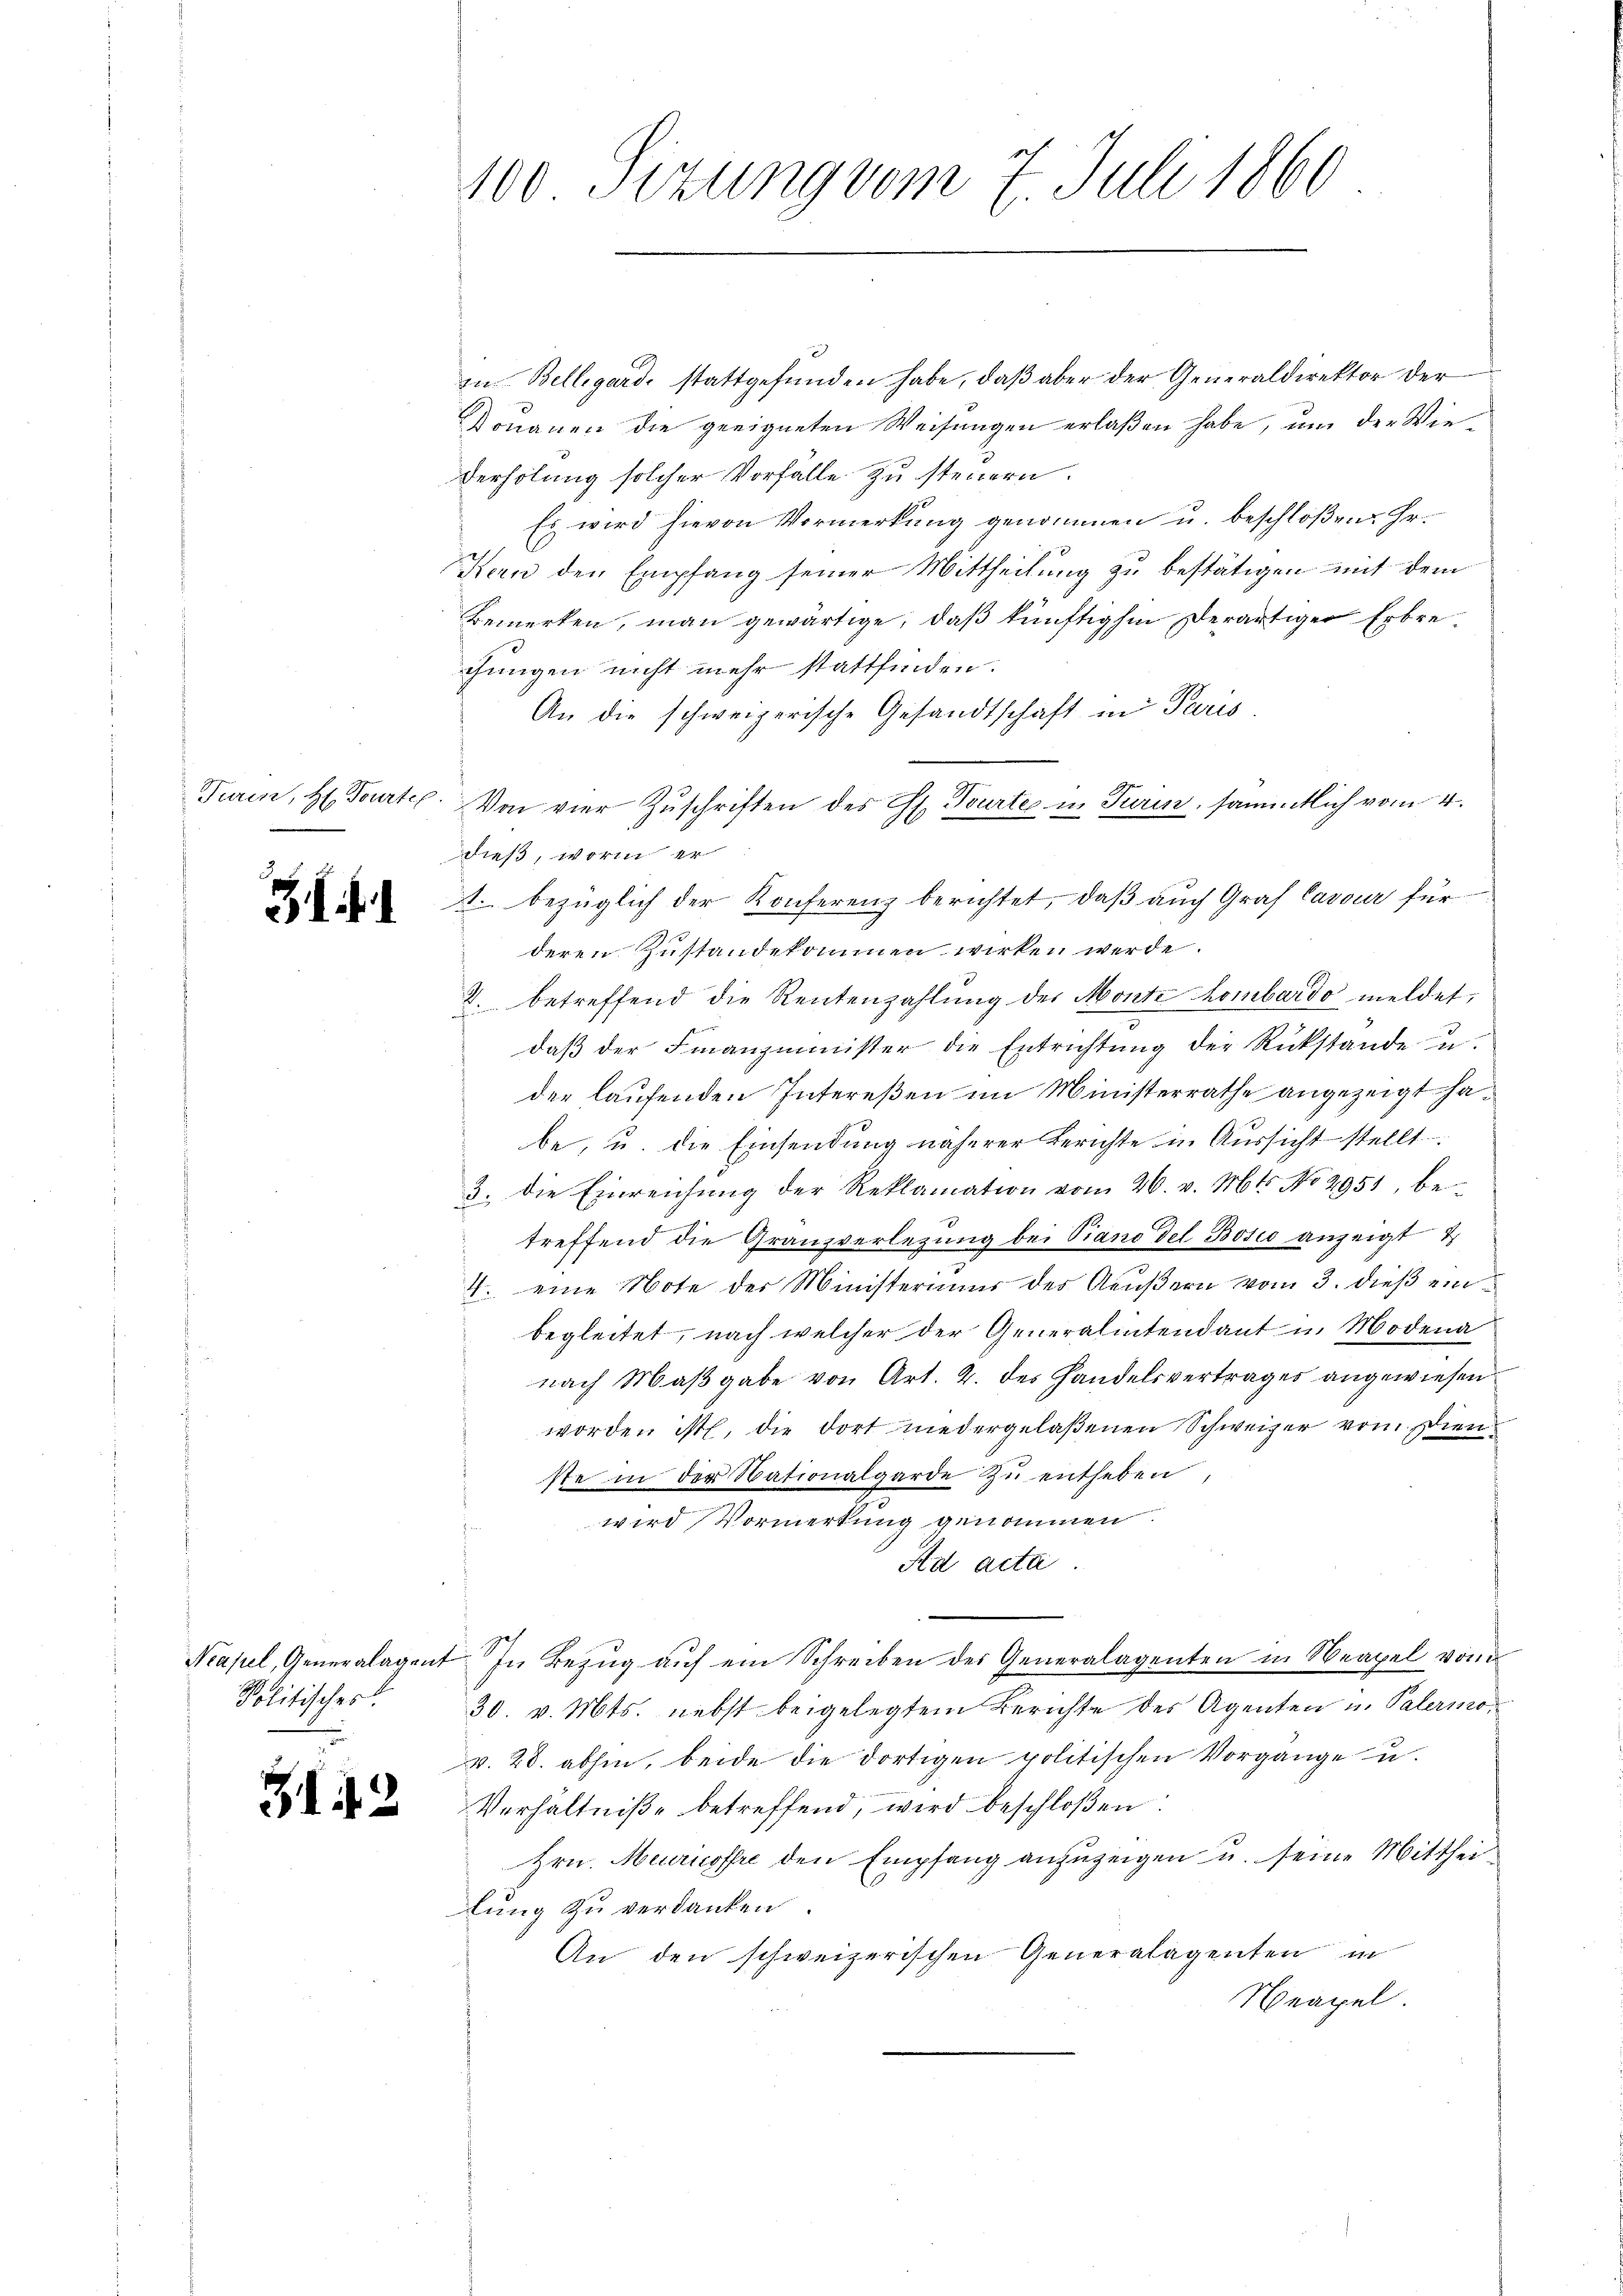
.

Politisches

143

100 Sizung vom 7. Juli 1860

in Bellegard, stattgefunden habe, daß aber der Generaldirektor der
Douanen die geeigneten Weisungen erlaßen habe, um der Wie¬
Verholung solcher Vorfälle zu steuern.
Es wird hievon Vormerkung genommen u. beschloßen: Hr.
Kern den Empfang seiner Mittheilung zu bestätigen mit dem
Bemerken, man gewärtige, daß künftighin derartiger Erbrechungen nicht mehr stattfinden.
An die schweizerische Gesandtschaft in Paris.
Turin, H. Tourtel. Von vier Zuschriften des G. Tourter in Turin, sammtlich vom 4.
dieß, worin er
1. bezüglich der Konferenz berichtet, daß auch Graf Cavour für
deren Zustandekommen wirken werde.
2. betreffend die Rentenzahlŭng des Monte hombardo meldet,
daβ der Finanzminister die Entrichtŭng der Rückstände u.
der laufenden Intereßen im Ministerrathe angezeigt habe, u. die Einsendung näherer Berichte in Aussicht stellt
3. die Einreichŭng der Reklamation vom 26. v. Mts. No 2951, be-
treffend die Granzverletzung bei Piano del Bosco anzeigt u
4. eine Note der Ministeriums des Aeußern vom 3. dieß ein
begleitet, nach welcher der Generalintendant in Modena
nach Maβgabe von Art. 2. des Handelsvertrages angewiesen
worden ist, die dort niedergelaßenen Schweizer vom Dienste in der Nationalgarde zu entheben,
wird Vormerkung genommen.
Ad acta.

Neapel, Generalagent. In Bezŭg aŭf ein Schreiben des Generalagenten in Neapel vom
30. v. Mts. nebst beigelegtem Berichte des Agenten u. Palermov. 28. abhin, beide die dortigen politischen Vorgänge u.
Verhältniße betreffend, wird beschloßen:
Hrn. Meiricoffre den Empfang anzuzeigen u. seine Mittheilung zu verdanken.
An den schweizerischen Generalagenten in
Neapel.